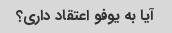
آیا به یوفو اعتقاد داری؟